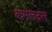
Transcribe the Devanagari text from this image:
कमलदल